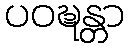
ပဝဍ္ဎန္တာ